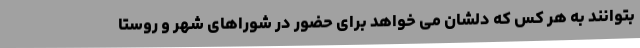
بتوانند به هر کس که دلشان می خواهد برای حضور در شوراهای شهر و روستا